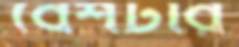
বেশটার